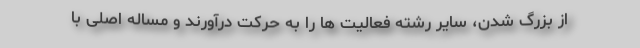
از بزرگ شدن، سایر رشته فعالیت ها را به حرکت درآورند و مساله اصلی با